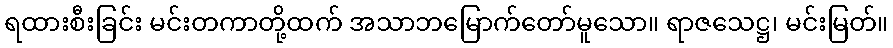
ရထားစီးခြင်း မင်းတကာတို့ထက် အသာဘမြောက်တော်မူသော။ ရာဇသေဋ္ဌ၊ မင်းမြတ်။